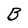
Character: B